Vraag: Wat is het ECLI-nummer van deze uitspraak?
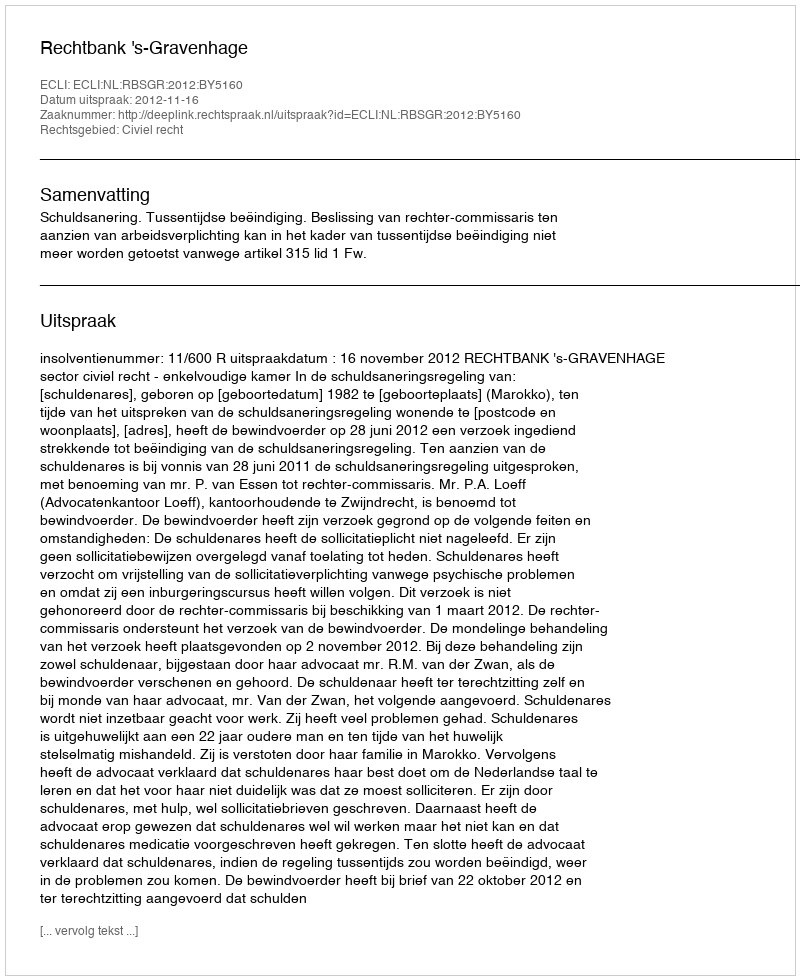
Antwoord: ECLI:NL:RBSGR:2012:BY5160